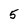
Character: 5